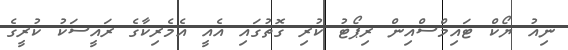
ނިއު ޔޯކް ޓައިމްސްއިން ރިޕޯޓު ކުރި ގޮތުގައި އެއީ އެމެރިކާގެ ރައީސަކު ކުރީގެ